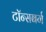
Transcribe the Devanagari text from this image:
टॉन्सबर्ग